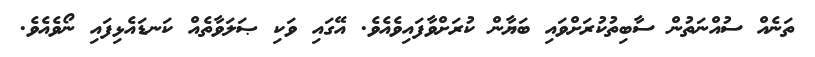
ތަނެއް ސުއްނަތުން ސާބިތުކުރަށްވައި ބަޔާން ކުރަށްވާފައިވެއެވެ. އޭގައި ވަކި ޞަލަވާތެއް ކަނޑައެޅިފައި ނޯވެއެވެ.